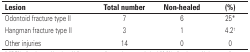
| Lesion | Total number | Non-healed | (%) |
 | --- | --- | --- | --- |
 | Odontoid fracture type II | 7 | 6 | 25* |
 | Hangman fracture type II | 3 | 1 | 4.2† |
 | Other injuries | 14 | 0 | 0 |